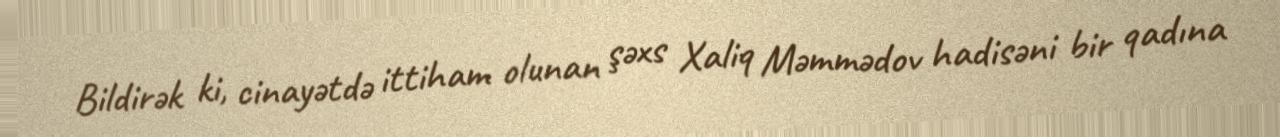
Bildirək ki, cinayətdə ittiham olunan şəxs Xaliq Məmmədov hadisəni bir qadına